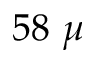
5 8 ~ \mu